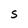
Character: S